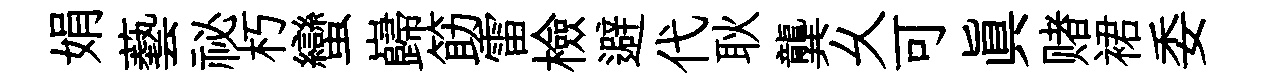
娟藝祕朽蠻巋筯雷檢避代耿龔乆可真赌裙委